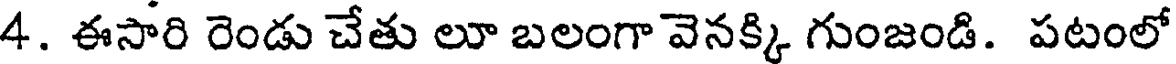
4. ఈసారి రెండు చేతు లూ బలంగా వెనక్కి గుంజండి. పటంలో